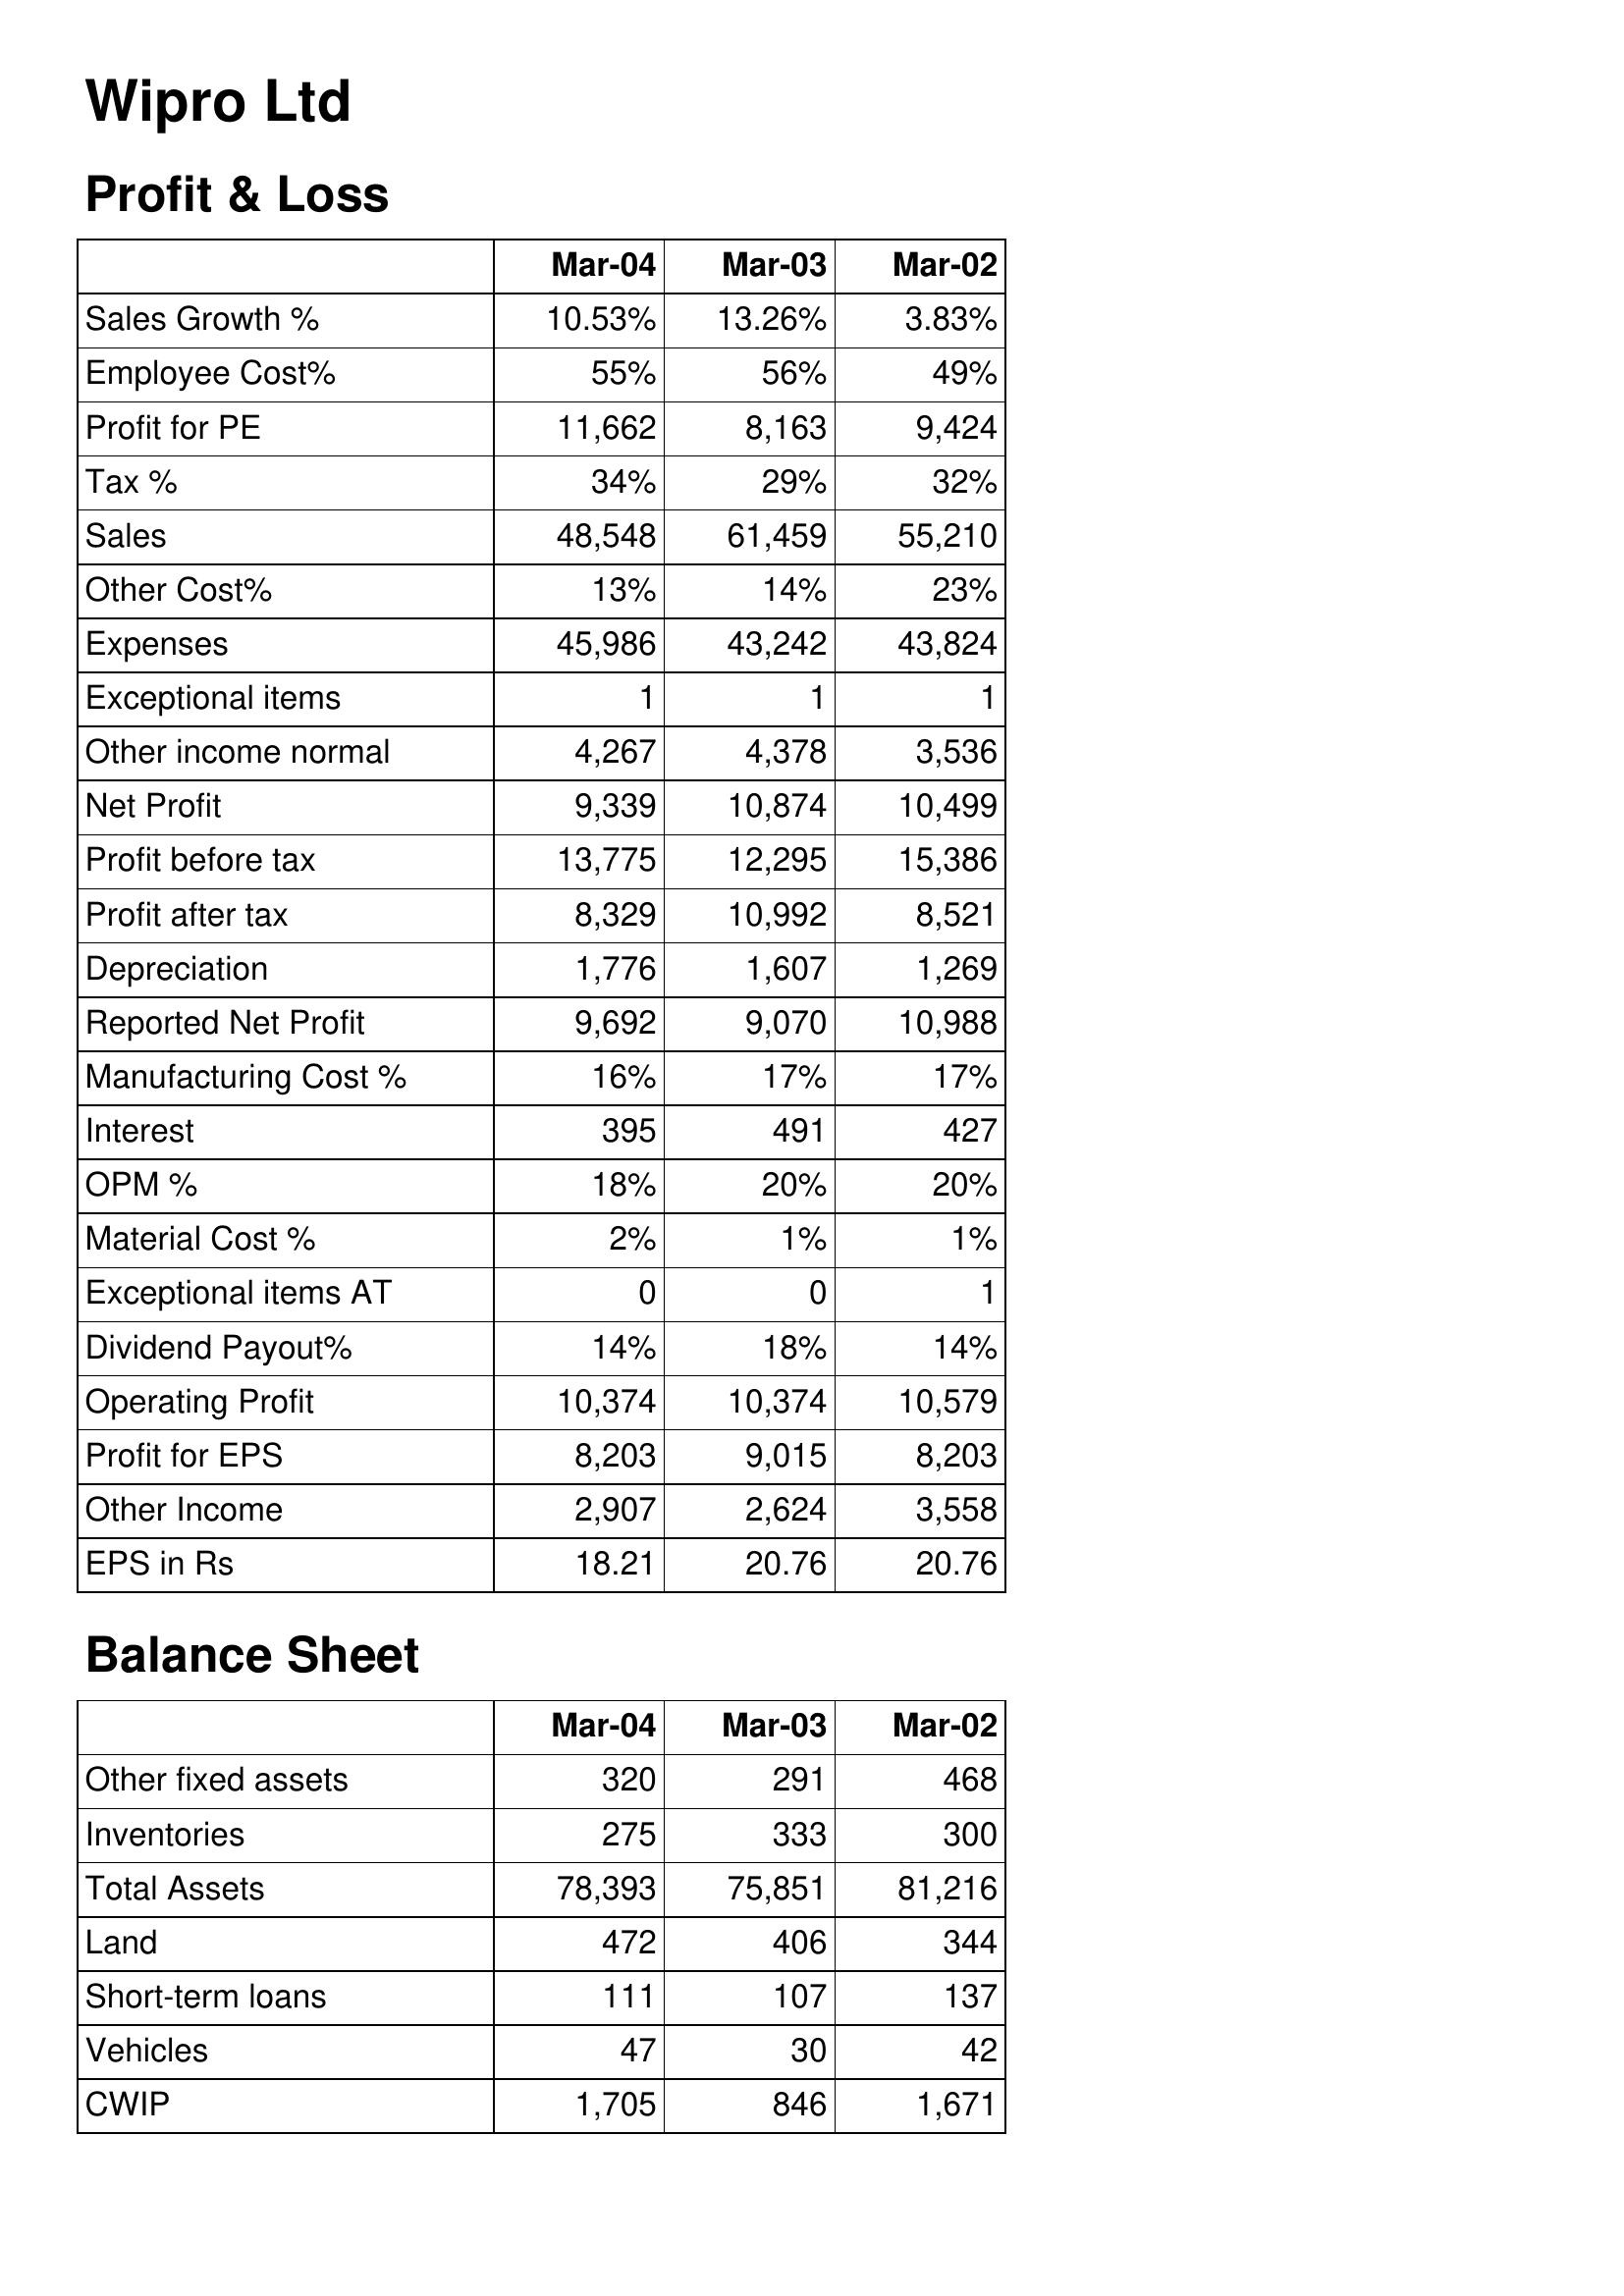
Mar-04: Profit & Loss: Sales Growth %: 10.53%
Employee Cost%: 55%
Profit for PE: 11,662
Tax %: 34%
Sales: 48,548
Other Cost%: 13%
Expenses: 45,986
Exceptional items: 1
Other income normal: 4,267
Net Profit: 9,339
Profit before tax: 13,775
Profit after tax: 8,329
Depreciation: 1,776
Reported Net Profit: 9,692
Manufacturing Cost %: 16%
Interest: 395
OPM %: 18%
Material Cost %: 2%
Exceptional items AT: 0
Dividend Payout%: 14%
Operating Profit: 10,374
Profit for EPS: 8,203
Other Income: 2,907
EPS in Rs: 18.21
Balance Sheet: Other fixed assets: 320
Inventories: 275
Total Assets: 78,393
Land: 472
Short-term loans: 111
Vehicles: 47
CWIP: 1,705
Mar-03: Profit & Loss: Sales Growth %: 13.26%
Employee Cost%: 56%
Profit for PE: 8,163
Tax %: 29%
Sales: 61,459
Other Cost%: 14%
Expenses: 43,242
Exceptional items: 1
Other income normal: 4,378
Net Profit: 10,874
Profit before tax: 12,295
Profit after tax: 10,992
Depreciation: 1,607
Reported Net Profit: 9,070
Manufacturing Cost %: 17%
Interest: 491
OPM %: 20%
Material Cost %: 1%
Exceptional items AT: 0
Dividend Payout%: 18%
Operating Profit: 10,374
Profit for EPS: 9,015
Other Income: 2,624
EPS in Rs: 20.76
Balance Sheet: Other fixed assets: 291
Inventories: 333
Total Assets: 75,851
Land: 406
Short-term loans: 107
Vehicles: 30
CWIP: 846
Mar-02: Profit & Loss: Sales Growth %: 3.83%
Employee Cost%: 49%
Profit for PE: 9,424
Tax %: 32%
Sales: 55,210
Other Cost%: 23%
Expenses: 43,824
Exceptional items: 1
Other income normal: 3,536
Net Profit: 10,499
Profit before tax: 15,386
Profit after tax: 8,521
Depreciation: 1,269
Reported Net Profit: 10,988
Manufacturing Cost %: 17%
Interest: 427
OPM %: 20%
Material Cost %: 1%
Exceptional items AT: 1
Dividend Payout%: 14%
Operating Profit: 10,579
Profit for EPS: 8,203
Other Income: 3,558
EPS in Rs: 20.76
Balance Sheet: Other fixed assets: 468
Inventories: 300
Total Assets: 81,216
Land: 344
Short-term loans: 137
Vehicles: 42
CWIP: 1,671